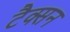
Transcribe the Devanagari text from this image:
टैक्सन